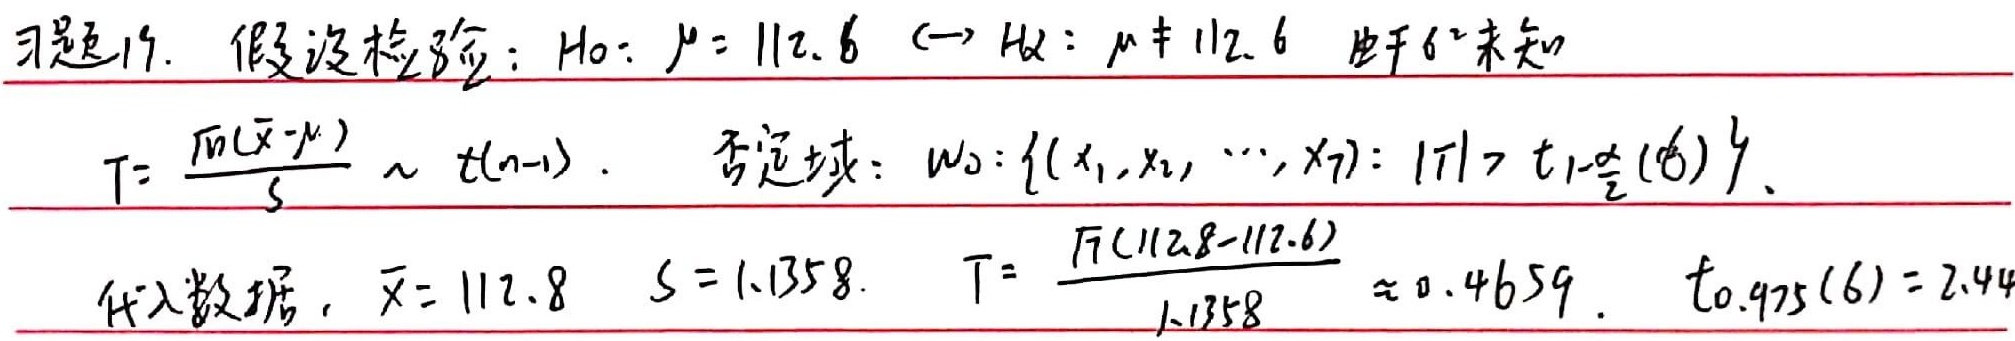
习题19. 假设检验：\(H_0: \mu = 112.6 \leftrightarrow H_1: \mu \neq 112.6\) 由于 \(\sigma^{2}\) 未知，\(T = \frac{\sqrt{n}(\bar{X}-\mu)}{S} \sim t(n - 1)\)。否定域：\(W_0 = \{ (x_1,x_2,\cdots,x_7): |T| > t_{1-\frac{\alpha}{2}}(6) \}\)。代入数据，\(\bar{x} = 112.8\)，\(S = 1.1358\)。\(T = \frac{\sqrt{7}(112.8 - 112.6)}{1.1358} \approx 0.4659\)。\(t_{0.975}(6)=2.44\)